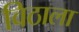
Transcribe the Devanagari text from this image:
विठाला